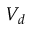
V _ { d }